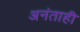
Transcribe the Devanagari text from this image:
अनंताही